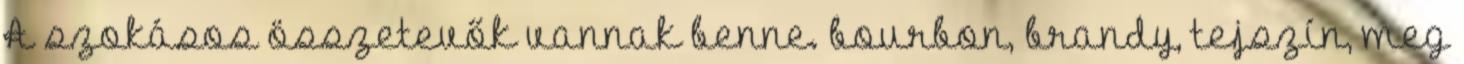
A szokásos összetevők vannak benne. bourbon, brandy, tejszín, meg